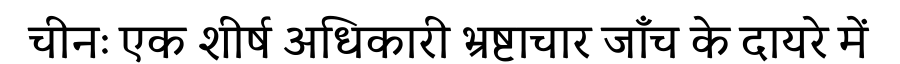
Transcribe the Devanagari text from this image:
चीनः एक शीर्ष अधिकारी भ्रष्टाचार जाँच के दायरे में